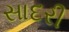
સાદરી